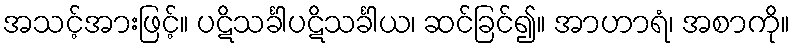
အသင့်အားဖြင့်။ ပဋိသင်္ခါပဋိသင်္ခါယ၊ ဆင်ခြင်၍။ အာဟာရံ၊ အစာကို။